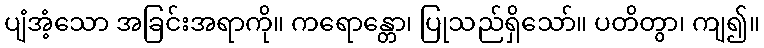
ပျံအံ့သော အခြင်းအရာကို။ ကရောန္တော၊ ပြုသည်ရှိသော်။ ပတိတွာ၊ ကျ၍။